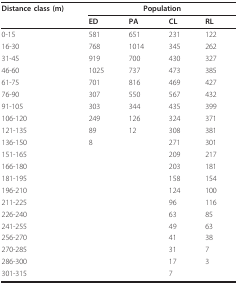
| Distance class (m) | <COLSPAN=4> Population |
 |  | ED | PA | CL | RL |
 | --- | --- | --- | --- | --- |
 | 0-15 | 581 | 651 | 231 | 122 |
 | 16-30 | 768 | 1014 | 345 | 262 |
 | 31-45 | 919 | 700 | 430 | 327 |
 | 46-60 | 1025 | 737 | 473 | 385 |
 | 61-75 | 701 | 816 | 469 | 427 |
 | 76-90 | 307 | 550 | 567 | 432 |
 | 91-105 | 303 | 344 | 435 | 399 |
 | 106-120 | 249 | 126 | 324 | 371 |
 | 121-135 | 89 | 12 | 308 | 381 |
 | 136-150 | 8 |  | 271 | 301 |
 | 151-165 |  |  | 209 | 217 |
 | 166-180 |  |  | 203 | 181 |
 | 181-195 |  |  | 158 | 154 |
 | 196-210 |  |  | 124 | 100 |
 | 211-225 |  |  | 96 | 116 |
 | 226-240 |  |  | 63 | 85 |
 | 241-255 |  |  | 49 | 63 |
 | 256-270 |  |  | 41 | 38 |
 | 270-285 |  |  | 31 | 7 |
 | 286-300 |  |  | 17 | 3 |
 | 301-315 |  |  | 7 |  |